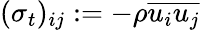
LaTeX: (\sigma_{t})_{ij}:=-\rho\overline{{u_{i}u_{j}}}